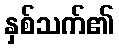
နှစ်သက်၏